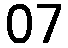
07